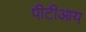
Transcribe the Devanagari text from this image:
पीटीआय